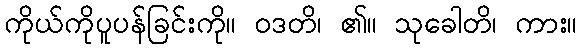
ကိုယ်ကိုပူပန်ခြင်းကို။ ဝဒတိ၊ ၏။ သုခေါတိ၊ ကား။